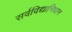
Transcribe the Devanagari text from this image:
सर्वविद्यानिधान